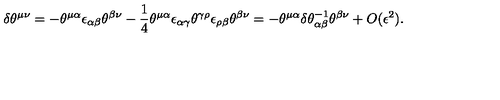
\delta \theta ^ { \mu \nu } = - \theta ^ { \mu \alpha } \epsilon _ { \alpha \beta } \theta ^ { \beta \nu } - \frac { 1 } { 4 } \theta ^ { \mu \alpha } \epsilon _ { \alpha \gamma } \theta ^ { \gamma \rho } \epsilon _ { \rho \beta } \theta ^ { \beta \nu } = - \theta ^ { \mu \alpha } \delta \theta _ { \alpha \beta } ^ { - 1 } \theta ^ { \beta \nu } + O ( \epsilon ^ { 2 } ) .